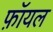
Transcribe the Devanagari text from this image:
फ़ॉयल